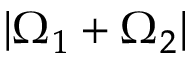
| \Omega _ { 1 } + \Omega _ { 2 } |